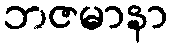
ဘဇမာနာ